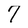
Character: 7